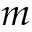
m